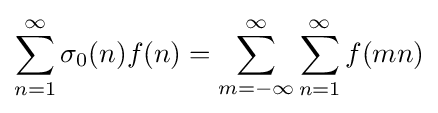
\sum _{n=1}^{\infty }\sigma _{0}(n)f(n)=\sum _{m=-\infty }^{\infty }\sum _{n=1}^{\infty }f(mn)